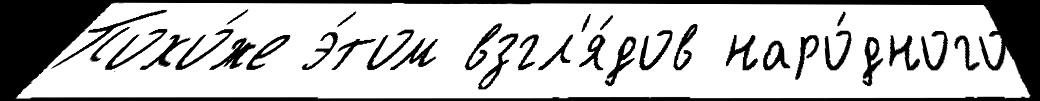
Похо́же э́том взгл'я́дов наро́дного